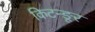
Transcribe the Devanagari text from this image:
किटन्ङूर